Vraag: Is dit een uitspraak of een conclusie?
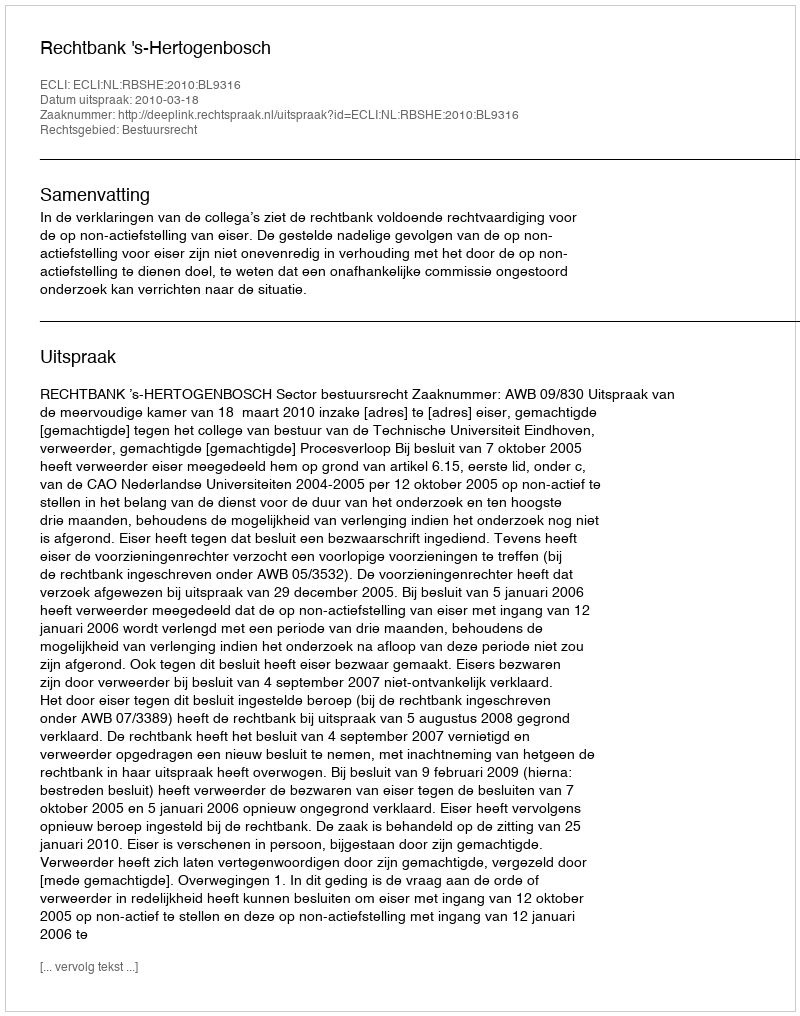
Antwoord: Uitspraak